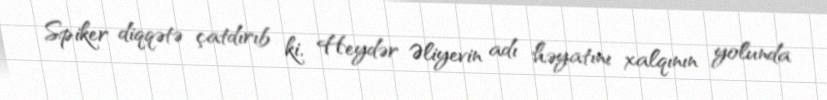
Spiker diqqətə çatdırıb ki, Heydər Əliyevin adı həyatını xalqının yolunda